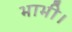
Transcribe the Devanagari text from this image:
भाभी।